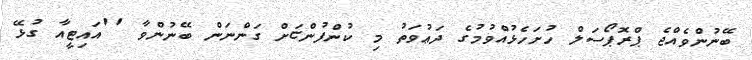
ބޭނުންވެއްޖެ ޕްރޮޕޯސަލް ހުށަހެޅުއްވުމުގެ ދަޢުވަތު މި ކުންފުންޏަށް ގަންނަން ބޭނުންވާ ''އައިޓީއާ ގުޅޭ